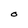
Character: O